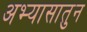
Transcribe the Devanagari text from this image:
अभ्यासातुन